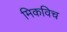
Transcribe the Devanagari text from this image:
मिकविच